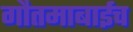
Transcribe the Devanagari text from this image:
गौतमाबाईच